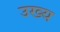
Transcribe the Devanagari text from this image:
उख्य